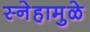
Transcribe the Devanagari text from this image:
स्नेहामुळे